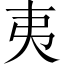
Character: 夷